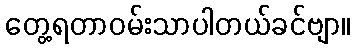
တွေ့ရတာဝမ်းသာပါတယ်ခင်ဗျာ။